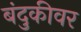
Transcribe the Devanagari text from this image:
बंदुकीवर